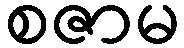
စဇာမ